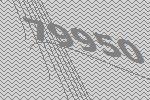
79950